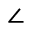
\angle